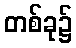
တစ်ခု၌